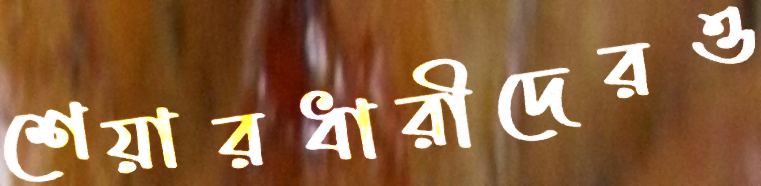
শেয়ারধারীদেরও